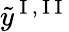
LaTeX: \tilde{y}^{\mathrm{~I~,~I~I~}}